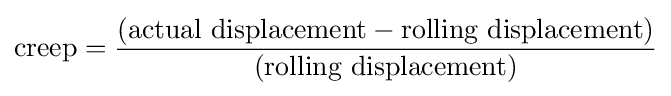
{\mbox{creep}}={\frac {({\mbox{actual displacement}}-{\mbox{rolling displacement}})}{({\mbox{rolling displacement}})}}